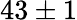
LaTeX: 43\pm 1